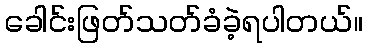
ခေါင်းဖြတ်သတ်ခံခဲ့ရပါတယ်။